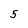
Character: 5